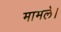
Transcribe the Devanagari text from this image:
मामले।